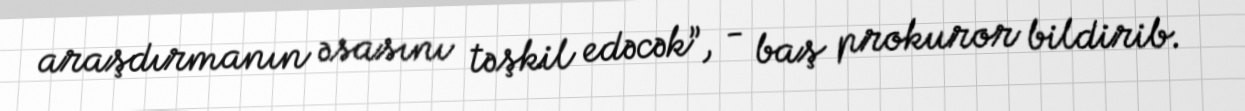
araşdırmanın əsasını təşkil edəcək”, - baş prokuror bildirib.